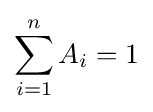
\sum _{i=1}^{n}A_{i}=1